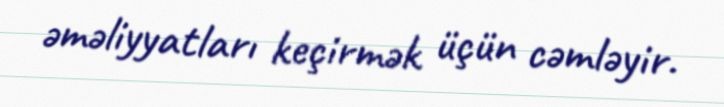
əməliyyatları keçirmək üçün cəmləyir.